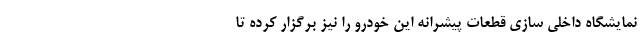
نمایشگاه داخلی سازی قطعات پیشرانه این خودرو را نیز برگزار کرده تا